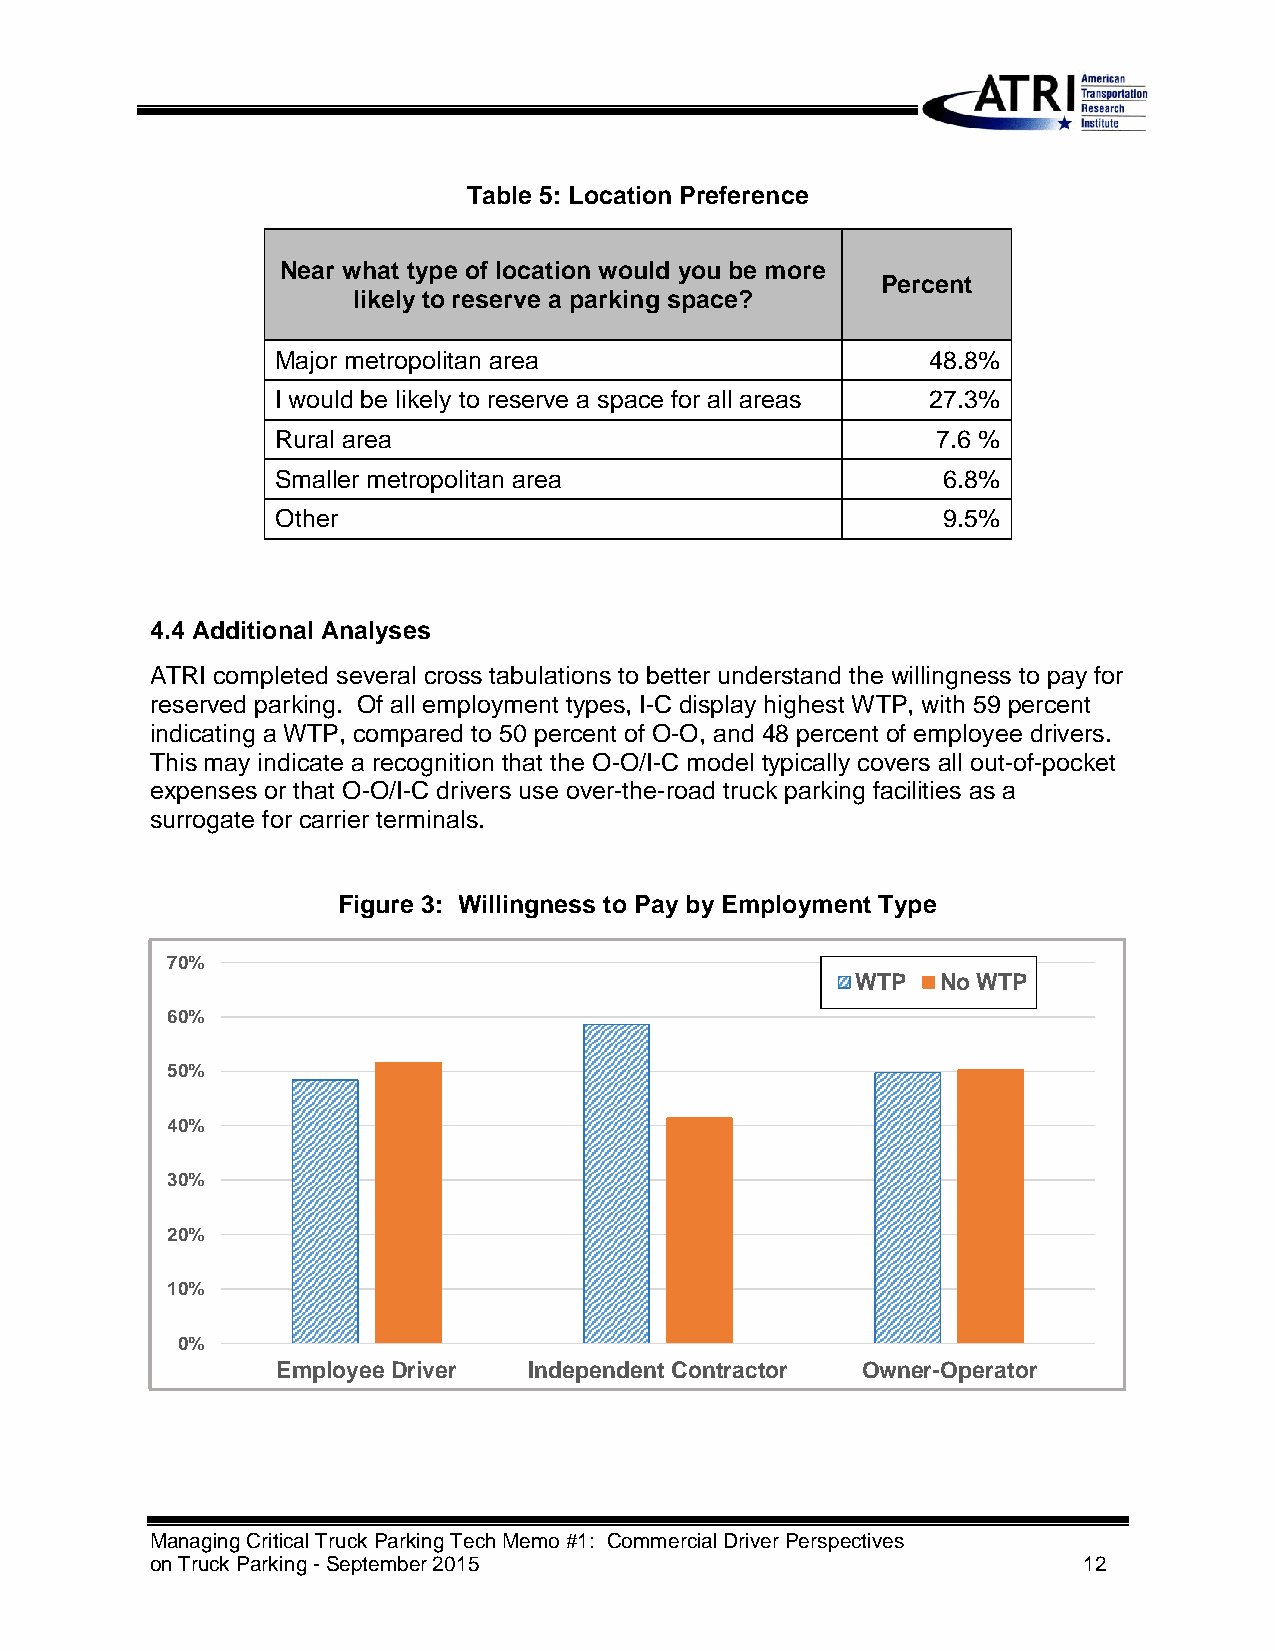
Table 5: Location Preference
 Near what type of location would you be more
 Percent
 likely to reserve a parking space?
 Major metropolitan area                     48.8%
 I would be likely to reserve a space for all areas 27.3%
 Rural area                                  7.6 %
 Smaller metropolitan area                   6.8%
 Other                                       9.5%
 4.4 Additional Analyses
 ATRI completed several cross tabulations to better understand the willingness to pay for
 reserved parking. Of all employment types, I-C display highest WTP, with 59 percent
 indicating a WTP, compared to 50 percent of O-O, and 48 percent of employee drivers.
 This may indicate a recognition that the O-O/I-C model typically covers all out-of-pocket
 expenses or that O-O/I-C drivers use over-the-road truck parking facilities as a
 surrogate for carrier terminals.
 Figure 3: Willingness to Pay by Employment Type
 70%
 WTP  No WTP
 60%
 50%
 40%
 30%
 20%
 10%
 0%
 Employee Driver  Independent Contractor Owner-Operator
 Managing Critical Truck Parking Tech Memo #1: Commercial Driver Perspectives
 on Truck Parking - September 2015                             12